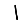
Digit: 1